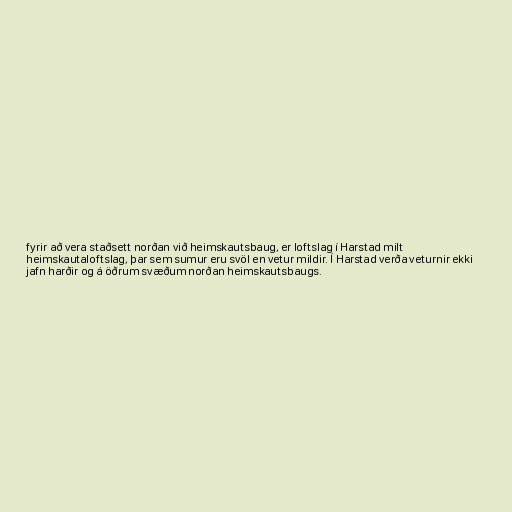
fyrir að vera staðsett norðan við heimskautsbaug, er loftslag í Harstad milt
heimskautaloftslag, þar sem sumur eru svöl en vetur mildir. Í Harstad verða veturnir ekki
jafn harðir og á öðrum svæðum norðan heimskautsbaugs.